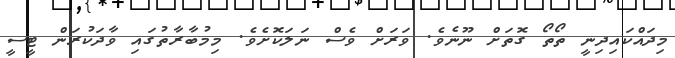
މިދައްކައިދިނީ ތޯތޯ ގޮތަަށް ނޫނެވެ. ވަރަށް ވެސް ނަލަކޮށެވެ. މިމުބާރާތުގައި ވާދަކުރަން ޓީސީ